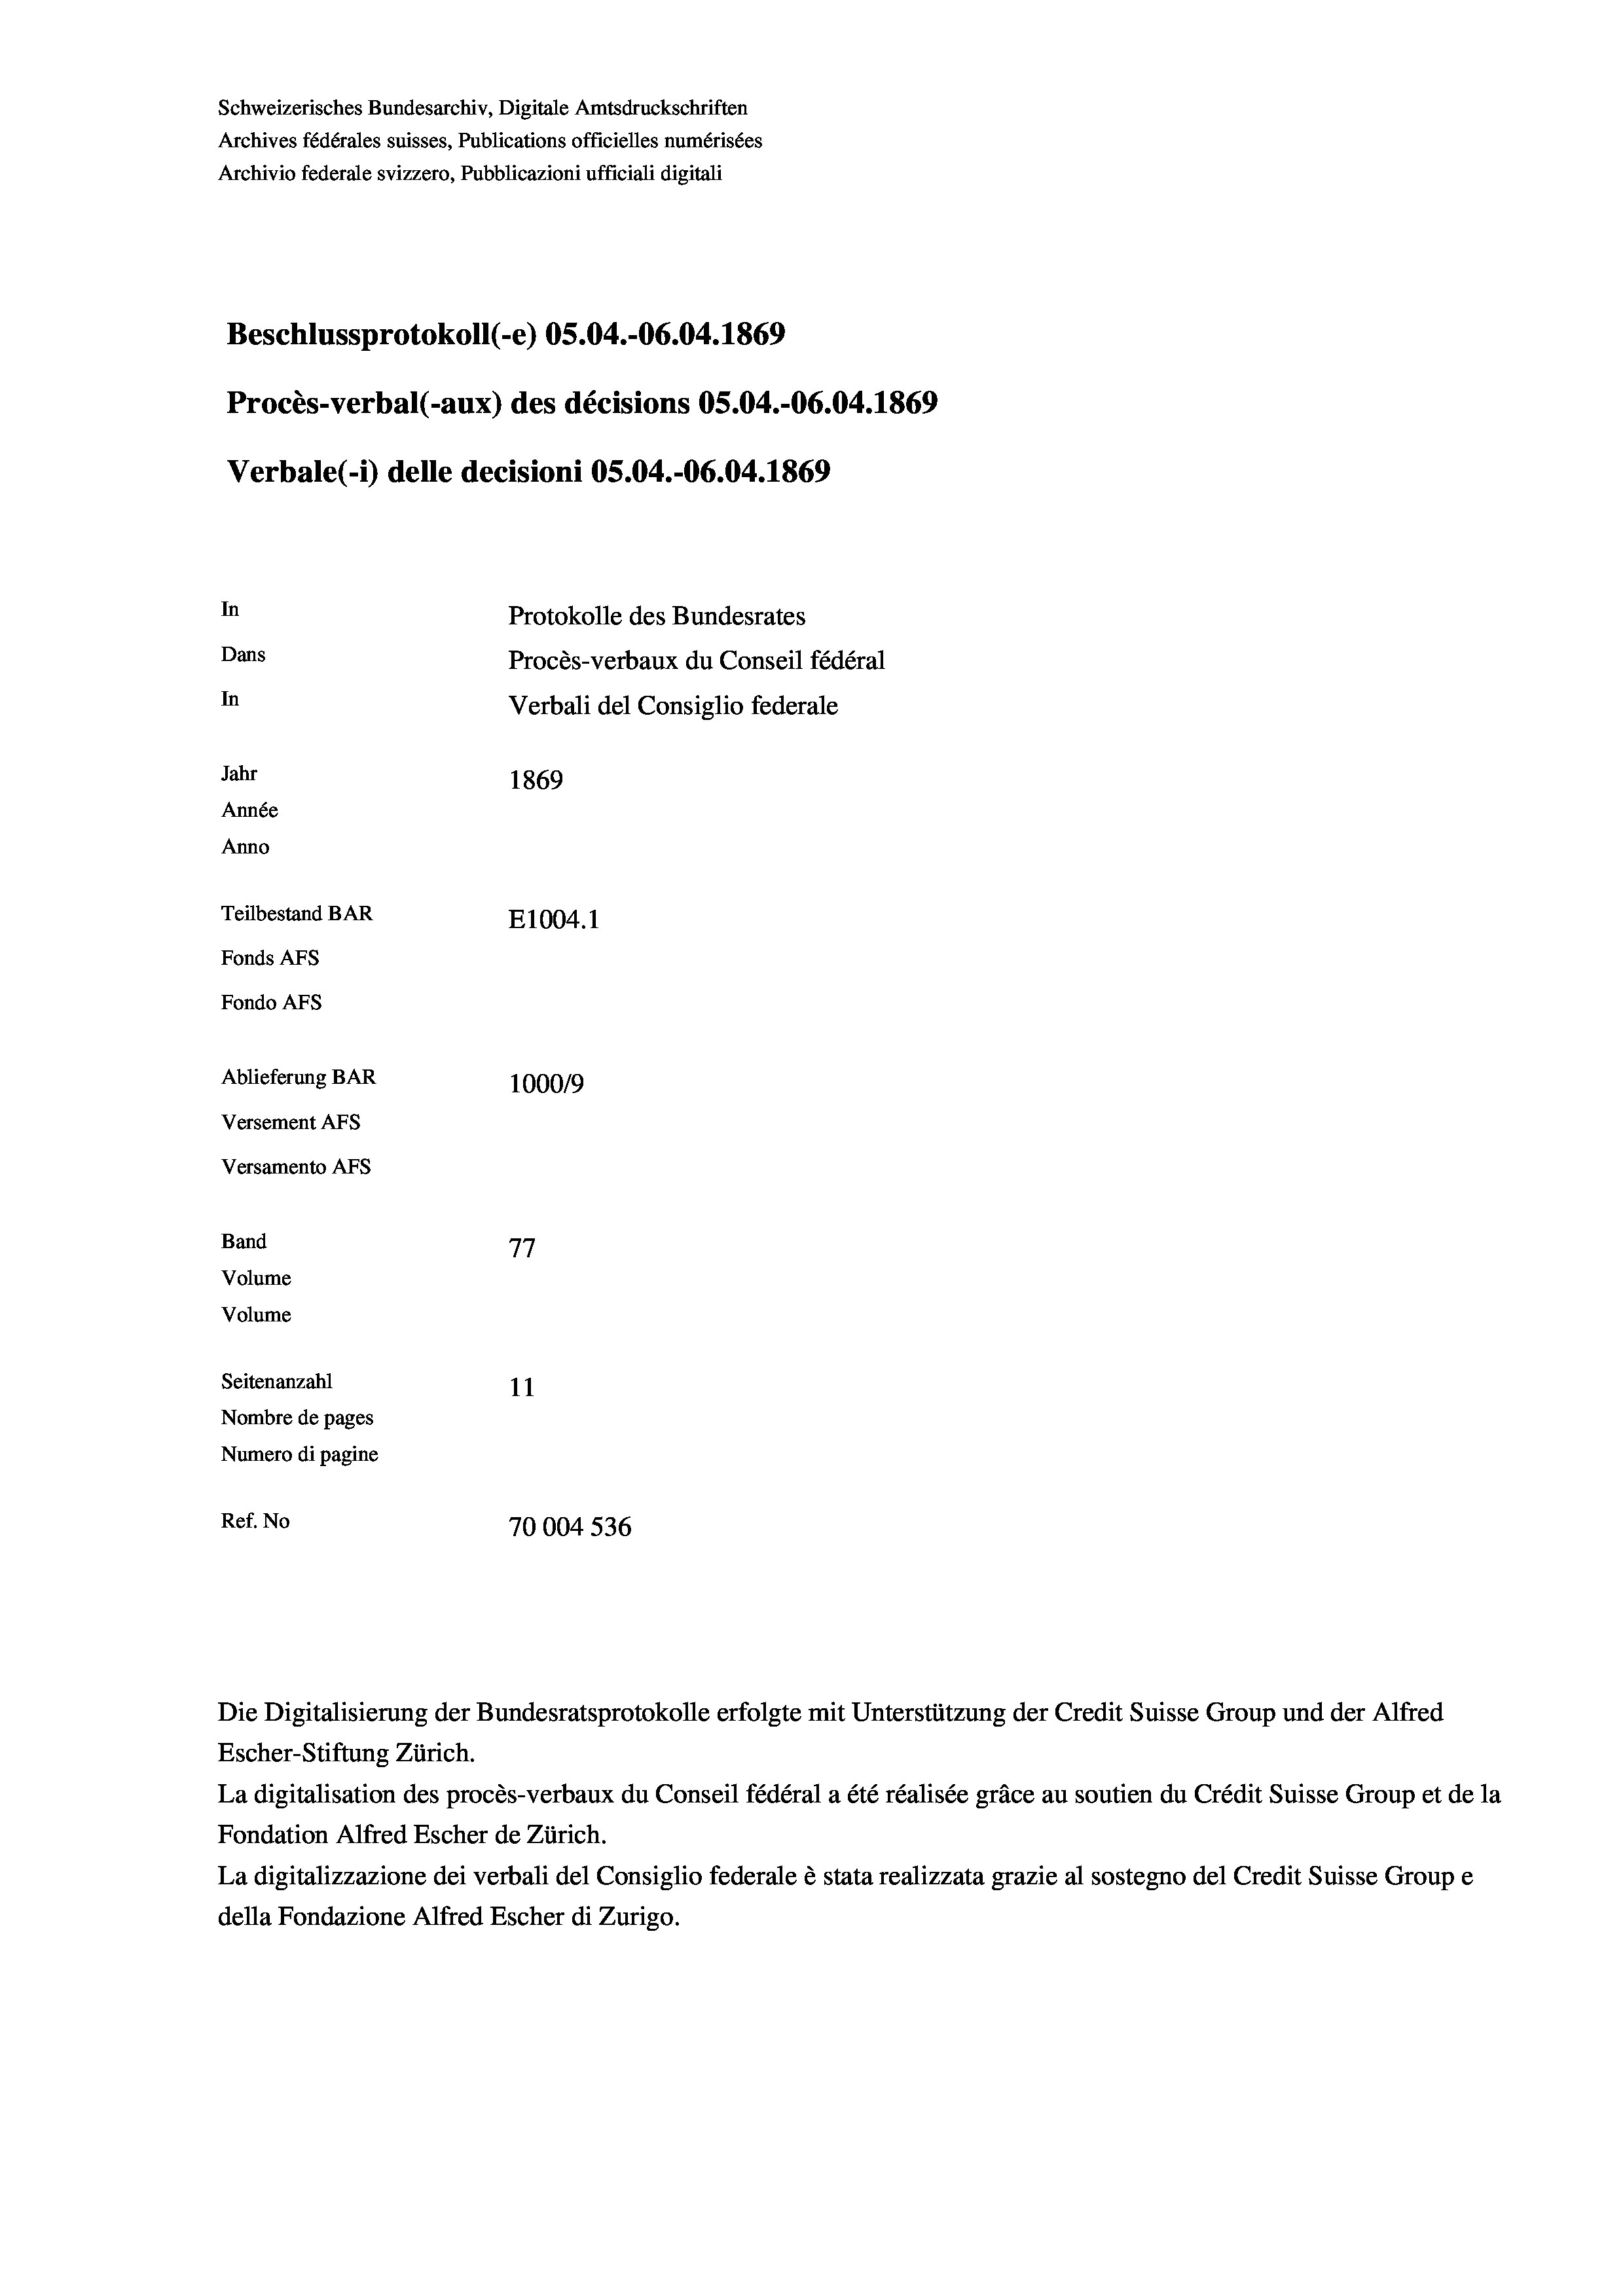
Schweizerisches Bundesarchiv, Digitale Amtsdruckschriften
Archives fédérales suisses, Publications officielles numérisées
Archivio federale svizzero, Pubblicazioni ufficiali digitali
Beschlussprotokoll (-e) OS.04.-06.04. 1869
Procès-verbal (-aux) des décisions OS.04.-06.04. 1869
Verbale (1) delle decisioni OS.04.-06.04. 1869
In
Protokolle des Bundesrates
Dans
Procès-verbaux du Conseil fédéral
In
Verbali del Consiglio federale
Jahr
1869
Année
Anno
Teilbestand BAR
E1004.1
Fonds AFs
Fondo Afs
Ablieferung BAR
100019
Versement AFs
Versamento AFs
Band
77
Volume
Volume
Seitenanzahl
11
Nombre de pages
Numero di pagine
Ref. No
70004 536

Escher-Stiftung Zürich.
La digitalisation des procès-verbaux du Conseil fédéral a été réalisée gräce au soutien du Crédit Suisse Group et de la
Fondation Alfred Escher de Zürich.
La digitalizzazione dei verbali del Consiglio federale è stata realizzata grazie al sostegno del Credit Suisse Groupe
della Fondazione Alfred Escher di Zurigo.

Die Digitalisierung der Bundesratsprotokolle erfolgte mit Unterstützung der Credit Suisse Group und der Alfred